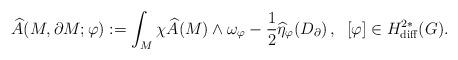
LaTeX: \begin{align*}\widehat{A}(M,\partial M;\varphi):=\int_{M} \chi \widehat{A}(M) \wedge \omega_\varphi -\frac{1}{2} \widehat{\eta}_\varphi (D_\partial)\,,\;\;[\varphi]\in H^{2*}_{{\rm diff}} (G).\end{align*}